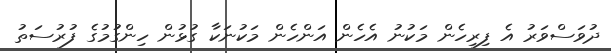
ދުވަސްވަރު އެ ފިރިހެން މަކުނު އެހެން އަންހެން މަކުނަކާ ގުޅުން ހިންގުމުގެ ފުރުސަތު